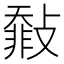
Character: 㪪